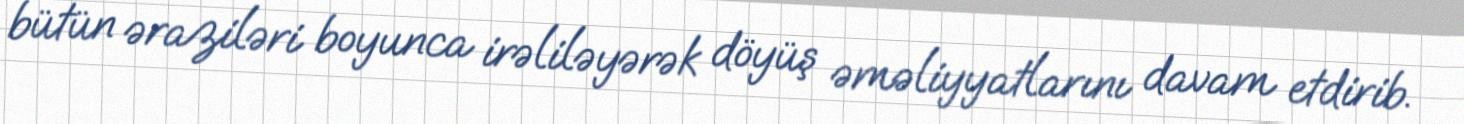
bütün əraziləri boyunca irəliləyərək döyüş əməliyyatlarını davam etdirib.